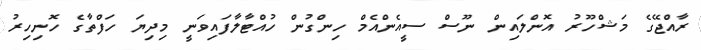
ރާއްޖޭގެ މަޝްހޫރު އޮންލައިން ނޫސް ސީއެންއެމް ހިންގުން ހުއްޓާލާފައިވަނީ މިދިޔަ ހަފްތާގެ ހޮނިހިރު